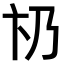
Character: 𠂫